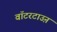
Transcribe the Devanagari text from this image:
वॉटरटाउऩ